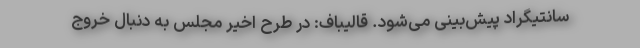
سانتیگراد پیش‌بینی می‌شود. قالیباف: در طرح اخیر مجلس به دنبال خروج